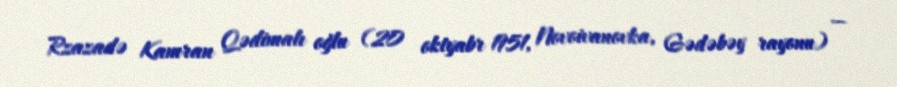
Rzazadə Kamran Qədimalı oğlu (20 oktyabr 1951, Novoivanovka, Gədəbəy rayonu) —